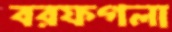
বরফগলা